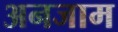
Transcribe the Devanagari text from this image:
अनजाम